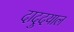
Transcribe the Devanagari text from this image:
दादुदयाल